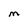
Character: M